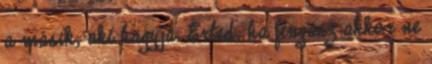
a másik, aki hagyja. Érted, ha fingasz akkor ne